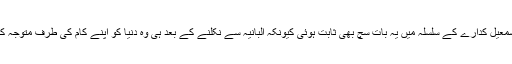
‘ اور شاید اسمٰعیل کدارے کے سلسلہ میں یہ بات سچ بھی ثابت ہوئی کیونکہ البانیہ سے نکلنے کے بعد ہی وہ دنیا کو اپنے کام کی طرف متوجہ کر سکیں ہیں۔